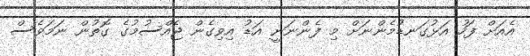
އެއަށް ފަހު އަޅުގަނޑުމެންނަށް މި ފެންނަނީ އަޑު އިވިގެން ޖެއްސުމުގެ ގޮތުން ނަމަވެސް